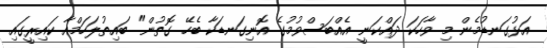
އަޅުގަނޑުމެން މި ވާހަކަ ދައްކަނީ އެއްބަސްވުމުގެ އޮނިގަނޑަކާ ބެހޭ ގޮތުން" ބައިތުލަހަމްއާ ކައިރީގައި